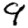
Digit: 9